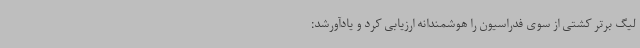
لیگ برتر کشتی از سوی فدراسیون را هوشمندانه ارزیابی کرد و یادآورشد: